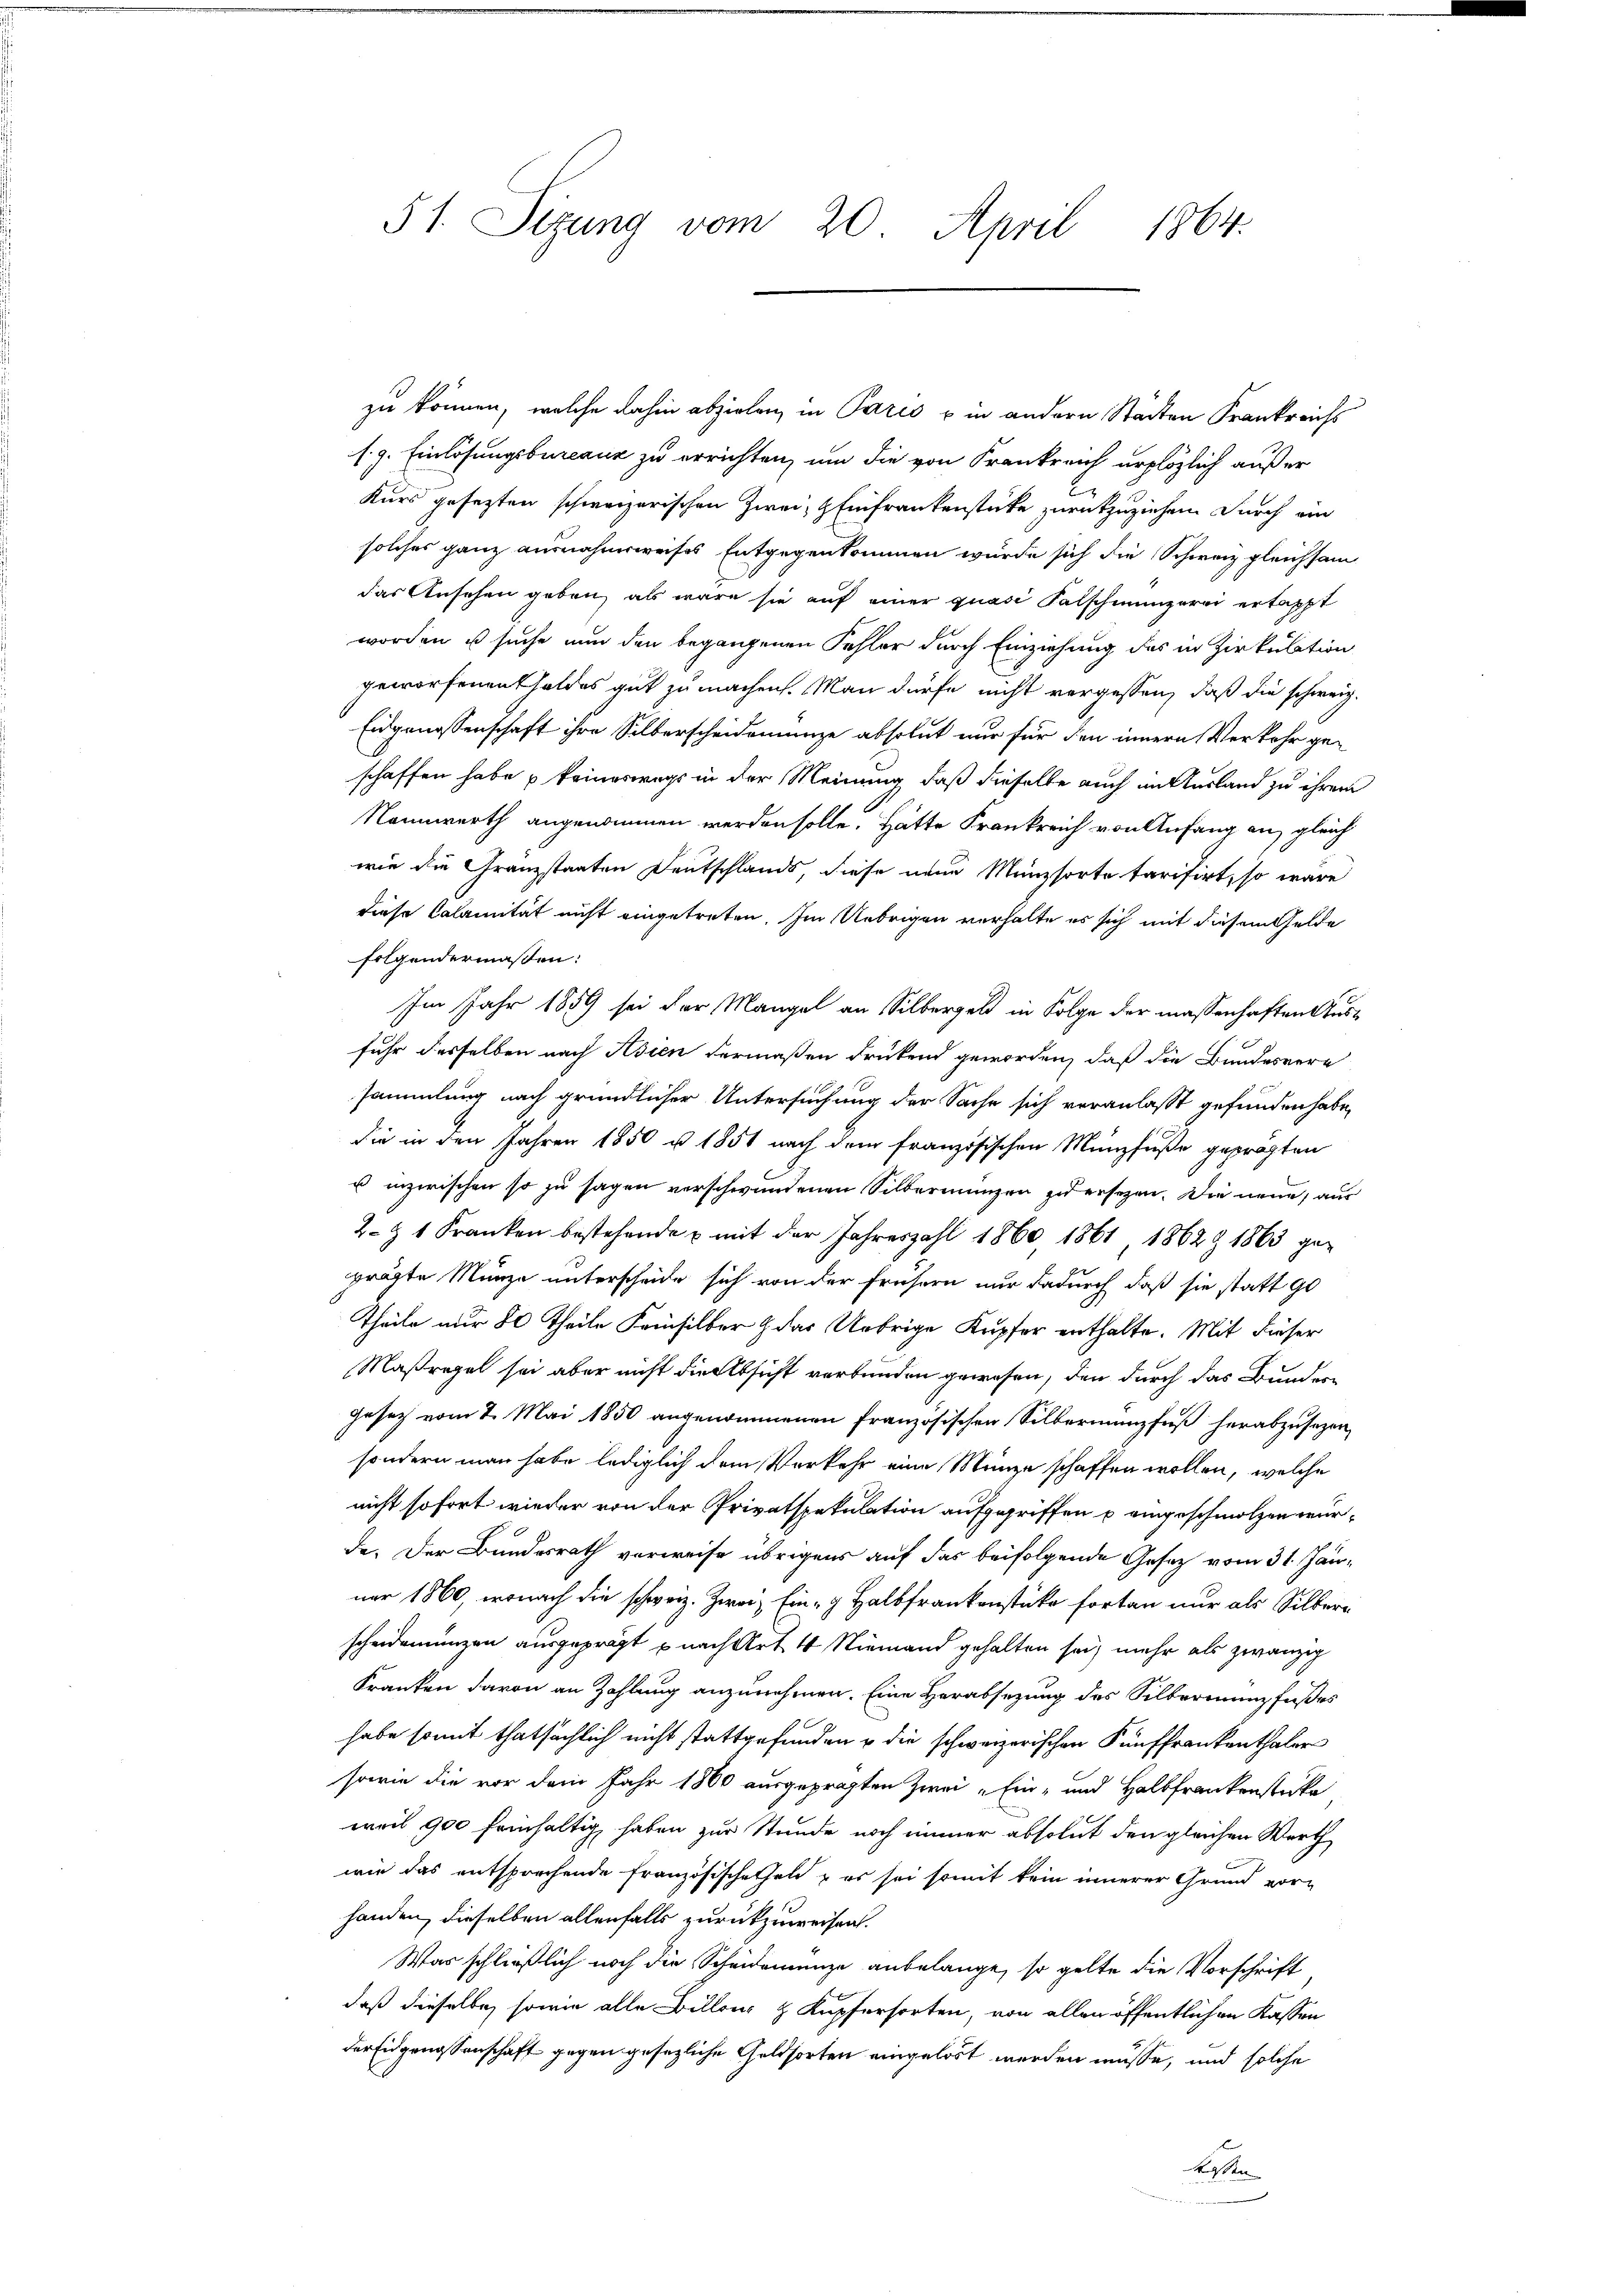
51. Sizung vom 20. April 1864.

zu können, welche dahin abzielen in Paris u in andern Städten Frankreichs
s. g. Einlösungsbureaux zu errichten, um die von Frankreich erplözlich außer
Kurs gesezten schweizerischen Zwei Einfrankenstücke zurückzuziehen. Durch ein
solches ganz ausnahmsweises Entgegenkommen würde sich die Schweiz gleichsam
das Ansehen geben, als wäre sie auf einer quasi falschmungerei ertappt
worden u suche nun den begangenen Fehler durch Einziehung des in Zirkulation
geworfenen Geldes gut zu machen. Man dürfe nicht vergessen, daß die schweiz.
Eidgenossenschaft ihre Silberscheidemünze absolut nur für den innern Verkehr geschaffen habe u keineswegs in der Meinung, daß dieselbe auch in Ausland zu ihrem
Nannwerth angenommen werden solle. Hätte Frankreich von Anfang an, gleich
wie die Gränzstaaten Deutschlands, diese neue Münzsorte tarifirt, so wäre
diese Calamität nicht eingetreten. Im Uebrigen verhalte es sich mit diesem Gelde
folgendermaßen:
Im Jahr 1859 sei der Mangel an Silbergeld in Folge der massenhaften Ausfuhr desselben nach Asien dermaßen drückend geworden, daß die Bundesvere
sammlung nach gründlicher Untersuchung der Sache sich veranlasst gefunden habe,
die in den Jahren 1850 u. 1851 nach dem französischen Münzfuße geprägten
u inzwischen so zu sagen verschwundenen Silbermungen jedersezen. Die neue, aus
2. § 1 Franken bestehende u mit der Jahreszahl 1860 1861 1862 & 1863 geprägte Münze unterscheide sich von der frühern nur dadurch daß sie statt 90
Theile nur 80 Theile Feinsilber & das Uebrige Kupfer enthalte. Mit dieser
Maßregel sei aber nicht die Absicht verbunden gewesen, den durch das Bundern
Gesetz vom 2. Mai 1850 angenommenen Französischen Silbermanzfuß herabzusezen,
sondern man habe lediglich dem Verkehr eine Münze schaffen wollen, welche
nicht sofort wieder von der Privatspekulation aufgegriffen u eingeschmolzen würde. Der Bundesrath verweise übrigens auf das beifolgende Gesetz vom 31. Jän-
ner 1860, wonach die schweiz. Zwei Ein- g Halbfrankenstüke fortan nur als Silberscheidemünzen ausgeprägt u nach Art 4 Niemand gehalten sei, mehr als zwanzig
Kranken davon an Zahlung anzunehmen. Eine Herabsetzung des Silberinung fußes
habe somit thatsächlich nicht stattgefunden u die schweizerischen Fünffrankenthaler
sowie die vor dem Jahr 1860 ausgeprägten Zwei "Ein- und Halbfrankenstücke
weil 900 feinhaltig haben zur Stunde noch immer absolut den gleichen Werth
wie das entsprechende Französischethal & es sei somit kein innerer Grund vorhanden, dieselben allenfalls zurückzuweisen.
Was schließlich noch die Scheiderenze anbelange, so gelte die Vorschrift
daß dieselbe, sowie alle Billen & Kupfersorten, von allen öffentlichen Kassen
der Eidgenossenschaft gegen gesezliche Geldsorten eingelöst werden müsse, und solche
kassen